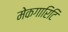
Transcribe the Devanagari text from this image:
मेकगारिटि